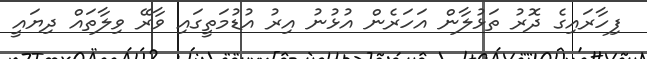
ފިހާރައިގެ ދޮރު ތަޅުލާން އަހަރެން އުޅުނު އިރު އުޑުމަތީގައި ވާރޭ ވިލާތައް ދިޔައީ